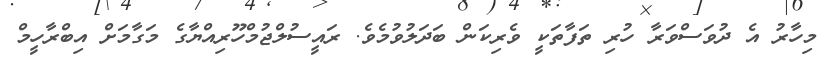
މިހާރު އެ ދުވަސްވަރާ ހުރި ތަފާތަކީ ވެރިކަން ބަދަލުވުމެވެ. ރައީސުލްޖުމްހޫރިއްޔާގެ މަގާމަށް އިބްރާހީމް